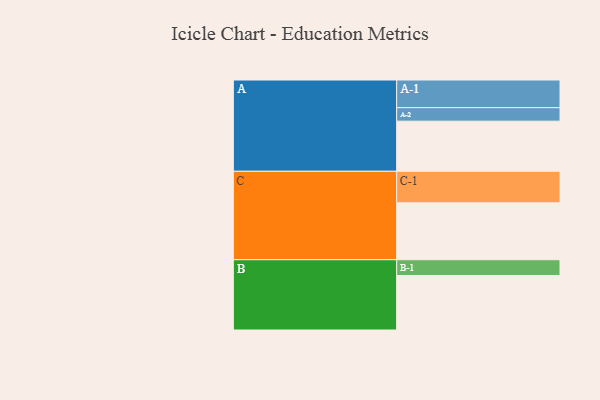
{"axis": {"x": "Segment", "y": "Value"}, "legend": ["", "A", "B", "C"], "data": [{"x": "A", "y": 353, "type": ""}, {"x": "B", "y": 384, "type": ""}, {"x": "C", "y": 401, "type": ""}, {"x": "A-1", "y": 195, "type": "A"}, {"x": "A-2", "y": 95, "type": "A"}, {"x": "B-1", "y": 111, "type": "B"}, {"x": "C-1", "y": 222, "type": "C"}]}